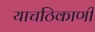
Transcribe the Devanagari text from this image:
याचठिकाणी